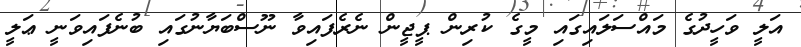
އަލީ ވަހީދުގެ މައްސަލައިގައި މީގެ ކުރިން ޕީޖީން ނެރެފައިވާ ނޫސްބަޔާނުގައި ބުނެފައިވަނީ ޢަލީ